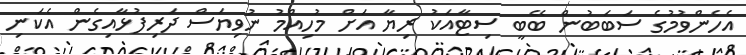
އެހެންވުމުގެ ސަބަބުން ބޭބީ ސިޓާއަކު ރިޔާ އަށް މުހިއްމު ނުވިޔަސް ދަރިފުޅާއިގެން އެކަނި